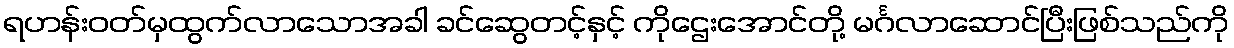
ရဟန်းဝတ်မှထွက်လာသောအခါ ခင်ဆွေတင့်နှင့် ကိုဌေးအောင်တို့ မင်္ဂလာဆောင်ပြီးဖြစ်သည်ကို